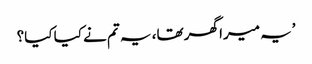
’یہ میرا گھر تھا، یہ تم نے کیا کیا؟